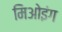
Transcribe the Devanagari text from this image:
मिओइंग